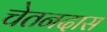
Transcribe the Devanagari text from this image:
चेतनदास